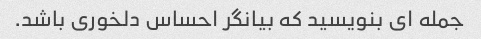
جمله ای بنویسید که بیانگر احساس دلخوری باشد.